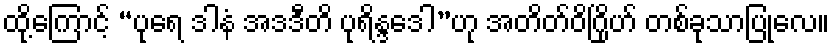
ထို့ကြောင့် “ပုရေ ဒါနံ အဒဒီတိ ပုရိန္ဒဒေါ”ဟု အတိတ်ဝိဂြိုဟ် တစ်ခုသာပြုလေ။